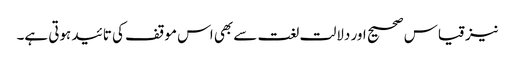
نیز قیاس صحیح اور دلالت لغت سے بھی اس موقف کی تائید ہوتی ہے۔